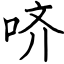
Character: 哜